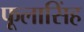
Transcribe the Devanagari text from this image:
फूलासिंह